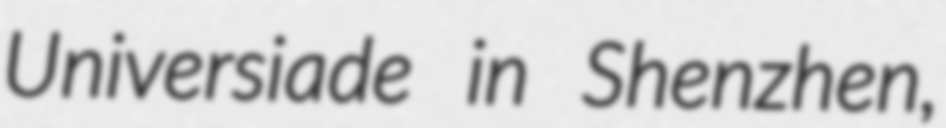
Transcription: Universiade in Shenzhen,